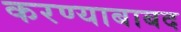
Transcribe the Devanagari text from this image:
करण्याबाबद